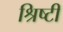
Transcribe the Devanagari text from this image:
श्रिष्टी